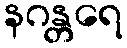
နဂန္တရေ